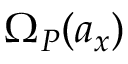
\Omega _ { P } ( a _ { x } )